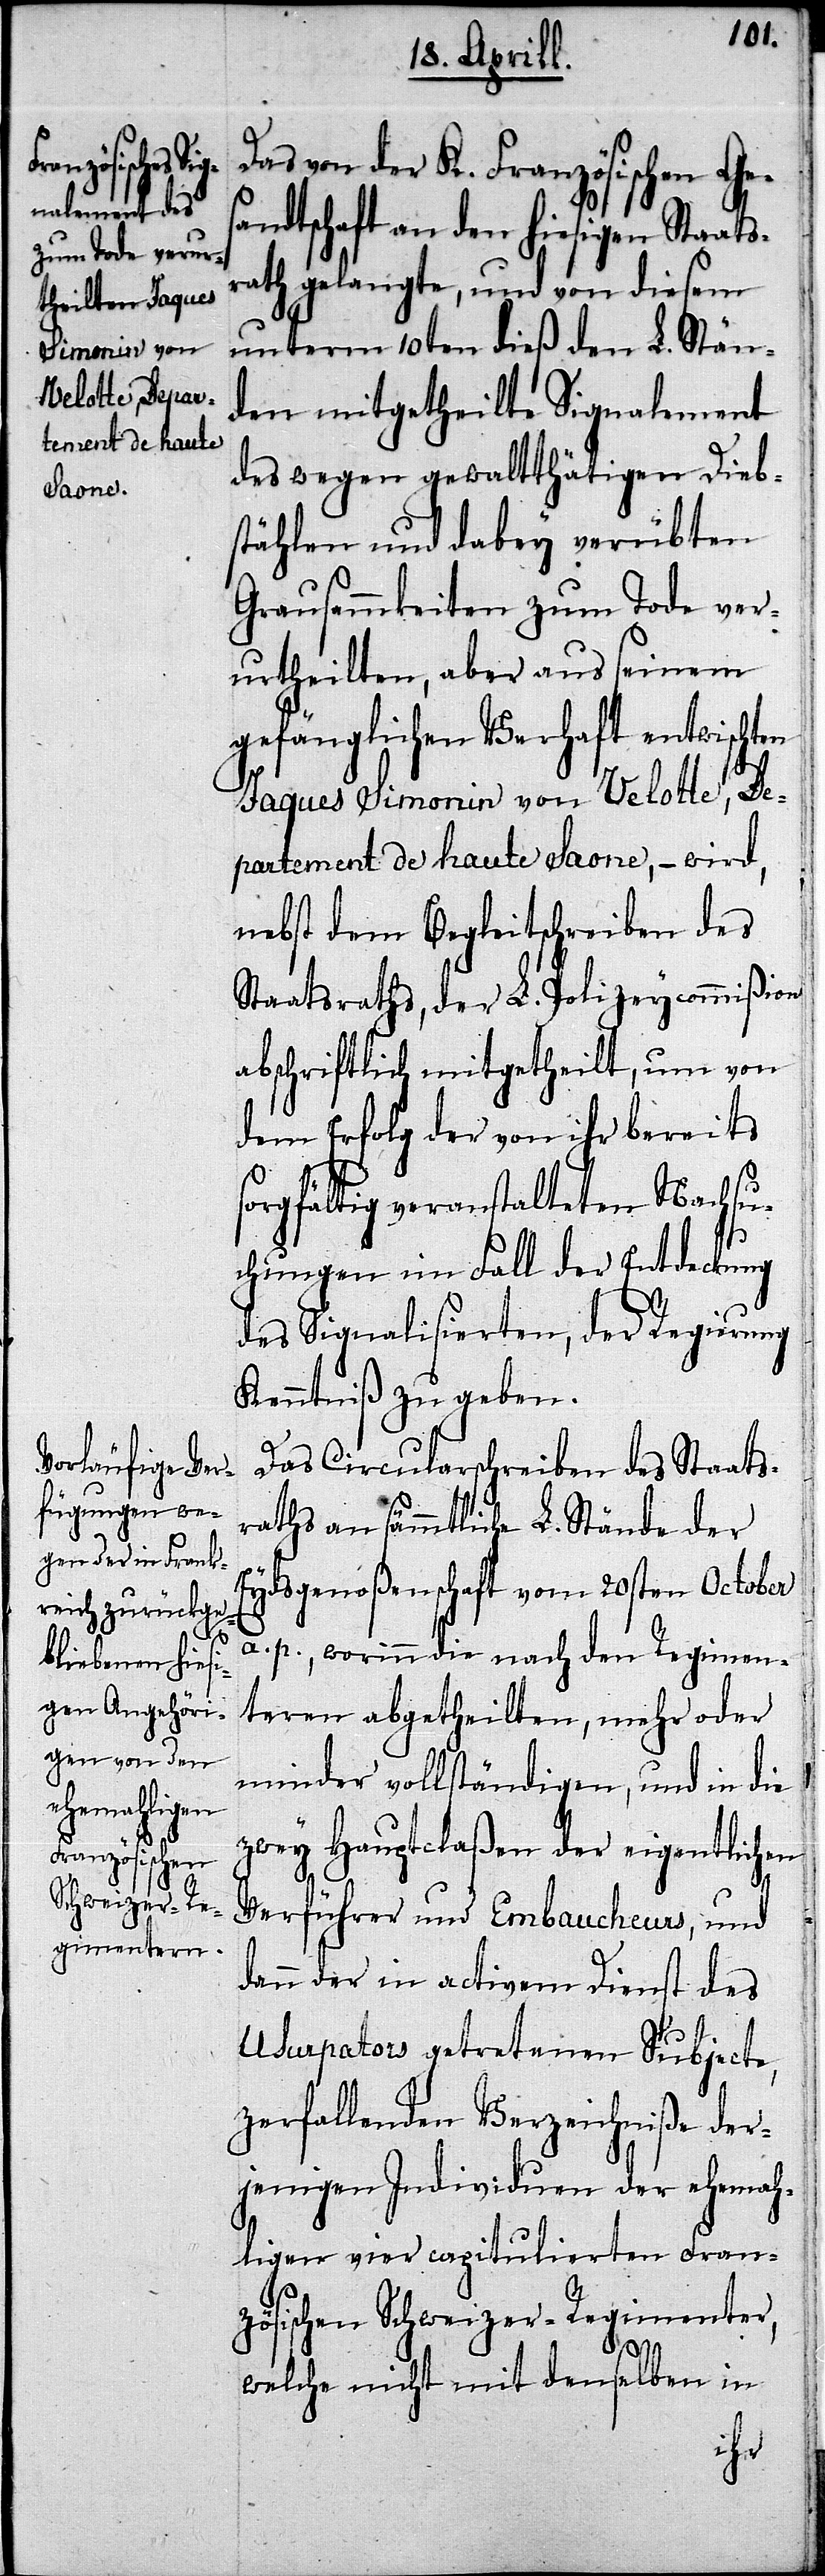
Das von der K. Französischen Ges¬
andtschaft an den hiesigen Staats¬
rath gelangte, und von diesem
unterm 10ten dieß den L. Stän¬
den mitgetheilte Signalement
des wegen gewaltthätigen Dieb¬
stählen und dabey verübten
Grausamkeiten zum Tode ver¬
urtheilten, aber aus seinem
gefänglichen Verhaft entwischten
Jaques Simonin von Velotte, De¬
partment de haute Saone,– wird,
nebst dem Begleitschreiben des
Staatsraths, der L. Polizeycommißion
abschriftlich mitgetheilt, um von
dem Erfolg der von ihr bereits
sorgfältig veranstalteten Nachsu¬
chungen im Fall der Entdeckung
des Signalisierten, der Regierung
Kenntniß zu geben.
Das Circularschreiben des Staats¬
raths an sämmtliche L. Stände der
Eydsgenoßenschaft vom 20sten October
a. p., worinn die nach den Regimen¬
teren abgetheilten, mehr oder
minder vollständigen, und in die
zwey Hauptclaßen der eigentlichen
Verführer und Embaucheurs, und
dann der in activem Dienst des
Usurpators getretenen Subjecte,
zerfallenden Verzeichniße der¬
jenigen Individuen der ehemah¬
ligen vier capitulierten Fran¬
zösischen Schweizer-Regimenter,
welche nicht mit denselben in